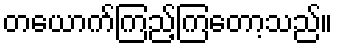
တယောက်ကြည့်ကြတော့သည်။